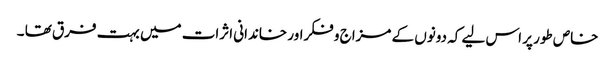
خاص طور پر اس لیے کہ دونوں کے مزاج و فکراور خاندانی اثرات میں بہت فرق تھا ۔